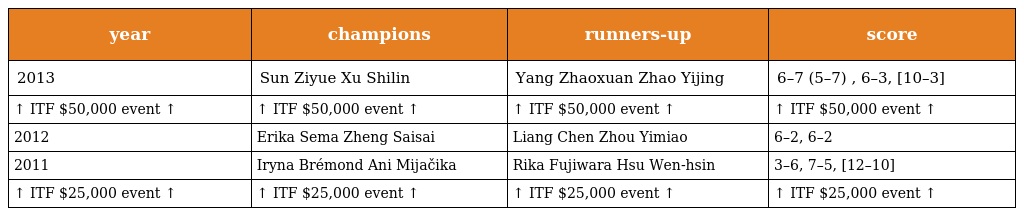
| year | champions | runners-up | score |
 | --- | --- | --- | --- |
 | 2013 | Sun Ziyue Xu Shilin | Yang Zhaoxuan Zhao Yijing | 6–7 (5–7) , 6–3, [10–3] |
 | ↑ ITF $50,000 event ↑ | ↑ ITF $50,000 event ↑ | ↑ ITF $50,000 event ↑ | ↑ ITF $50,000 event ↑ |
 | 2012 | Erika Sema Zheng Saisai | Liang Chen Zhou Yimiao | 6–2, 6–2 |
 | 2011 | Iryna Brémond Ani Mijačika | Rika Fujiwara Hsu Wen-hsin | 3–6, 7–5, [12–10] |
 | ↑ ITF $25,000 event ↑ | ↑ ITF $25,000 event ↑ | ↑ ITF $25,000 event ↑ | ↑ ITF $25,000 event ↑ |